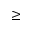
\geq